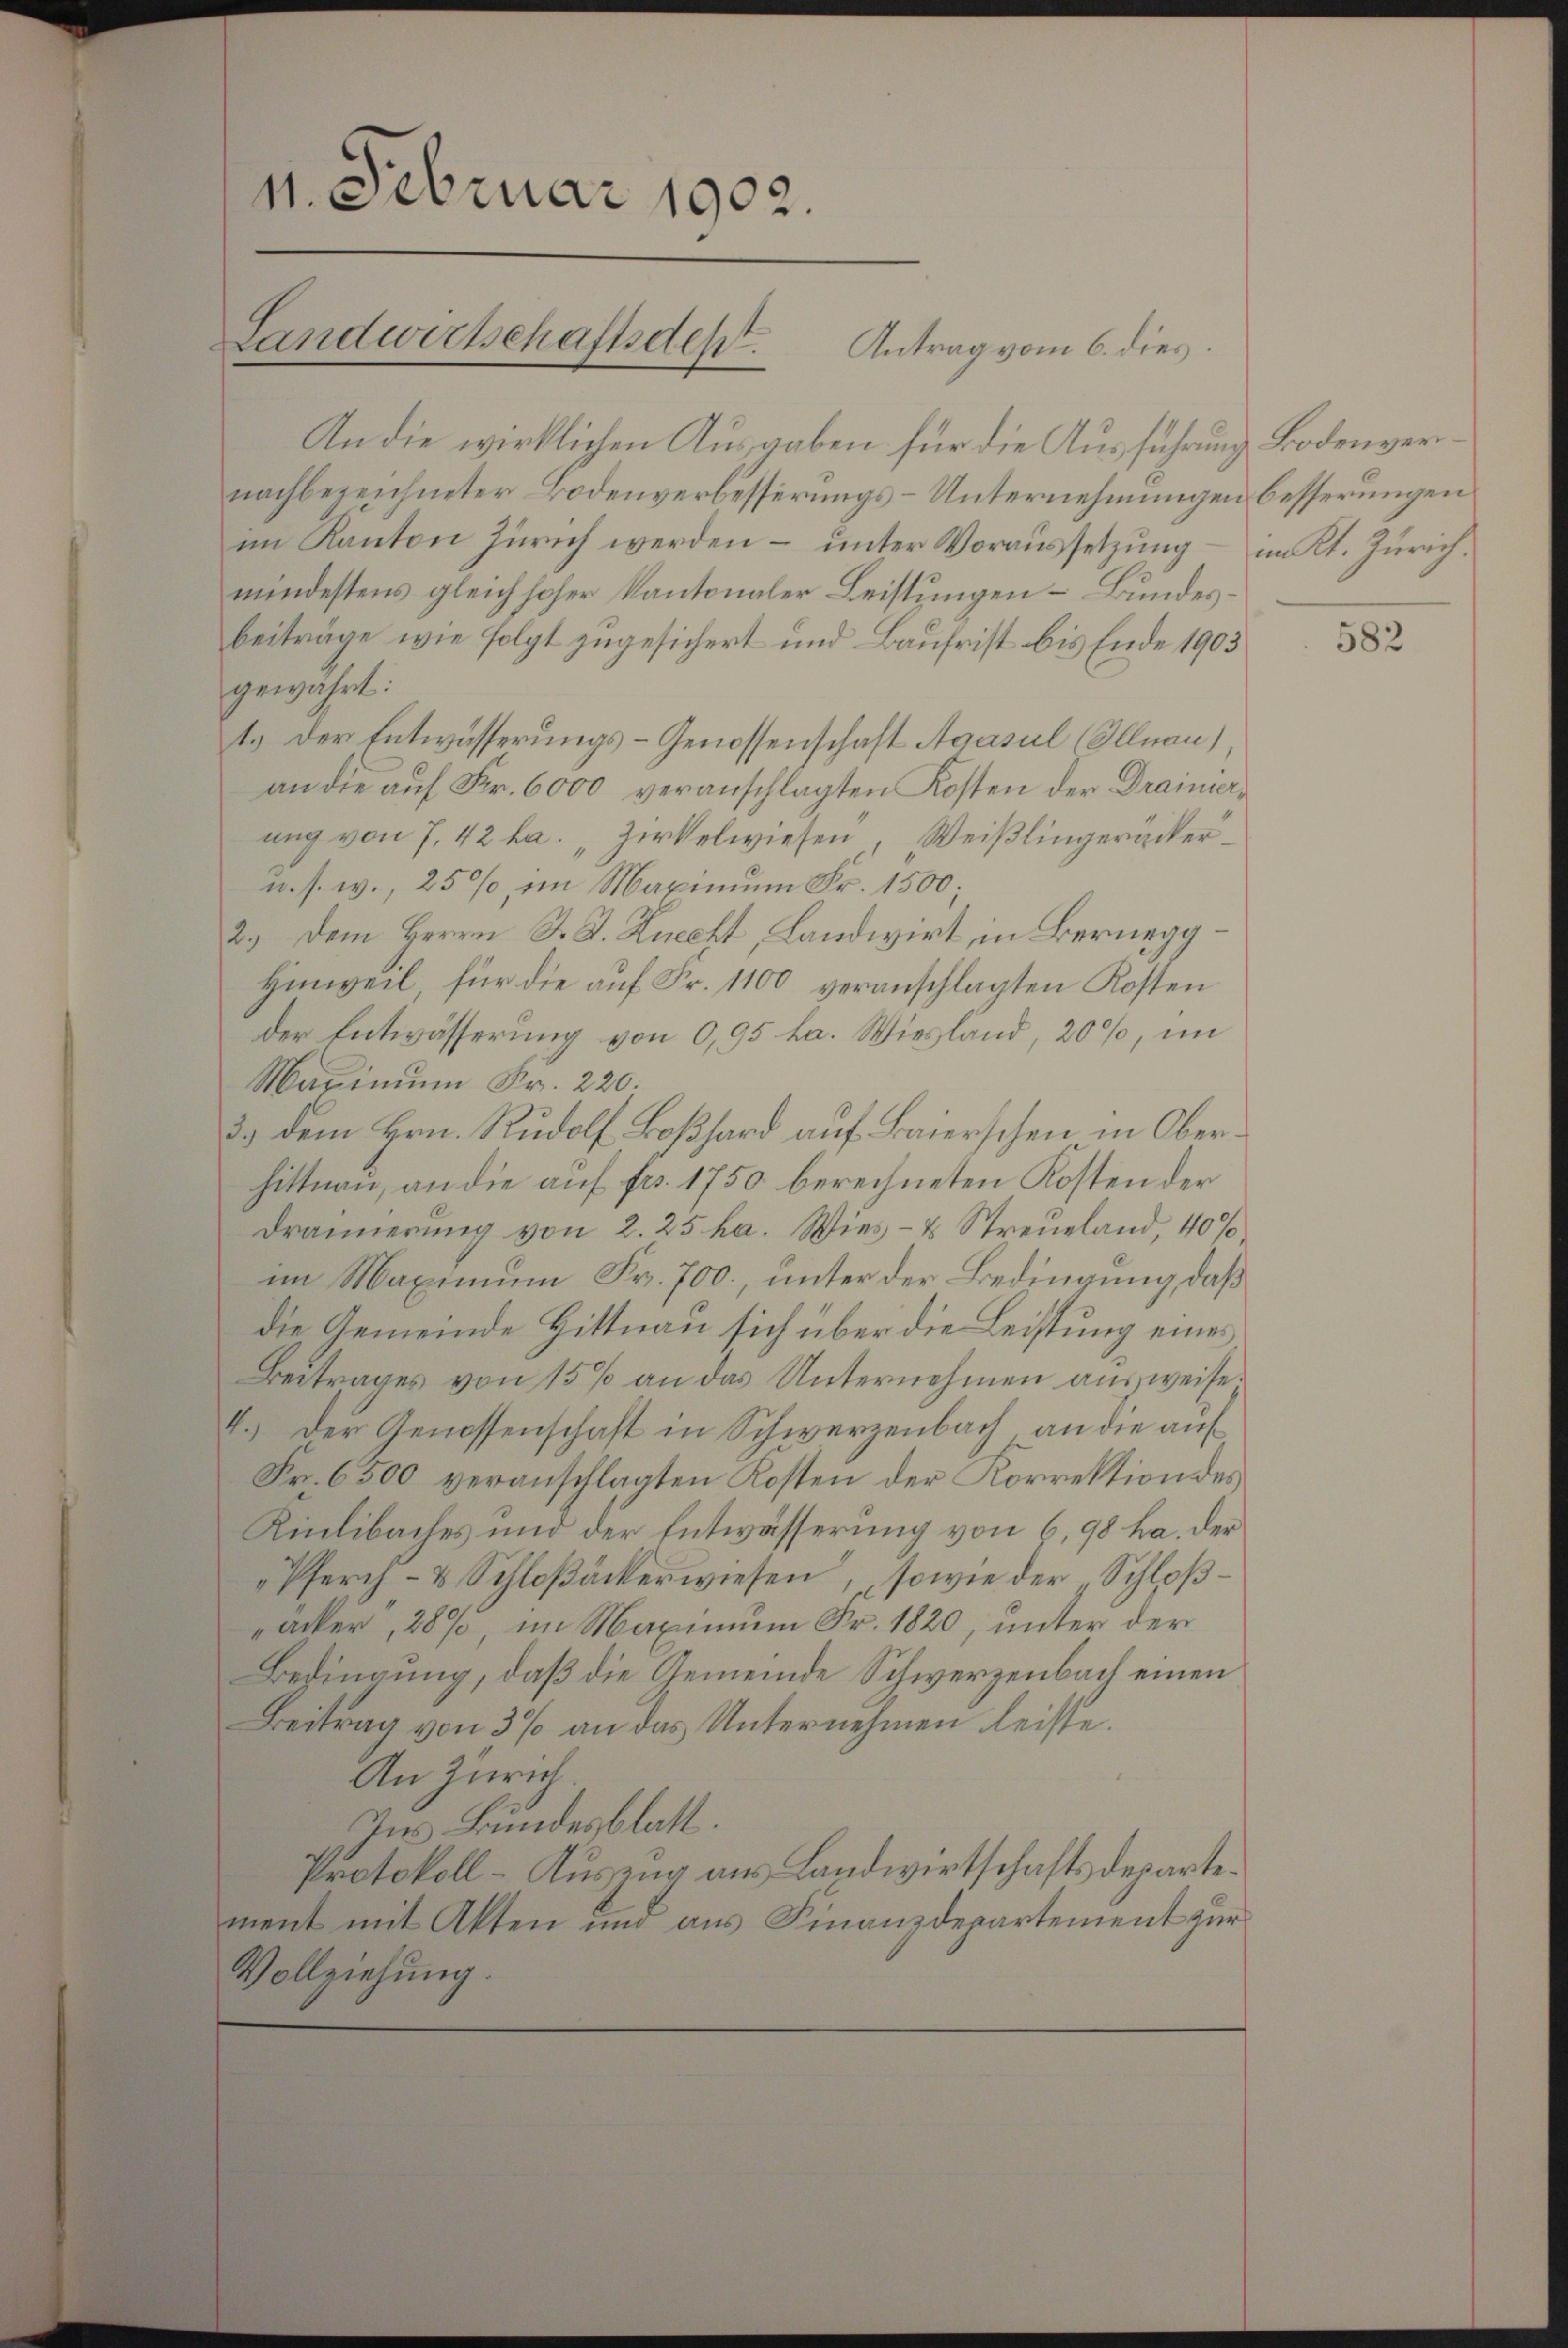
11. Februar 1902.

An die wirklichen Ausgaben für die Ausführung Bodenvernachbezeichneter Bodenverbesserungs-Unternehmungen besserungen.
im Kanton Zürich werden – unter Voraussetzung – im Kt. Zürichmindestens gleich hoher Kantonaler Leistungen Bundesbeiträge wie folgt zugesichert und Baufrist bis Ende 1903
gewährt:
1.) Der Entwässerungs-Genossenschaft Agasul (Allnau),
an die auf Fr. 6000 veranschlagten Kosten der Draimerung von 7, 42 ha. „Zirkelwiesen, Weißlingerücker¬
u. s. w., 25%, im Maximum Fr. 1500
2.) Dem Herrn J. J. Knecht, Landwirt, in Bernegg
Hinweil, für die auf Fr. 1100 veranschlagten Kosten
der Entwässerung von 0,95 ha. Wiesland, 20%, im
Marinum Fr. 220.
3. dem Hrn. Rudolf Boßhard auf Baierschen in Oberhittnau, an die auf frs. 1750 berechneten Kosten der
Drännerung von 2. 25 ha. Wies- u Streueland, 40%
im Maximum Fr. 700., unter der Bedingung, daß
die Gemeinde Hittnau sich über die Leistung eines
Beitrages von 15% an das Unternehmen ausweise¬
4.) Der Genossenschaft in Schwerzenbach, an die auf
Fr. 6500 veranschlagten Kosten der Korrektion des
Rinlibaches und der Entwässerung von 6,98 ha. der
Pfurch- & Schloßackerwiesen, sowie der „Schloßacker, 287, im Maximum Fr. 1820, unter der
Bedingung, daß die Gemeinde Schwerzenbach einen
Beitrag von 3% an das Unternehmen leisse.
An Zürich.
Ins Bundesblatt.
Protokoll-Auszug aus Landwirtschaftsdepartement mit Akten und aus Finanzdepartement zur
Vollziehung.

Landwirtschaftsdept. Antrag vom 6. dies

582